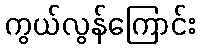
ကွယ်လွန်ကြောင်း